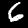
Digit: 6